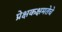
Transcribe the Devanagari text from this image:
प्रेक्षकक्षमतेचे